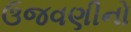
ઉજવણીનો